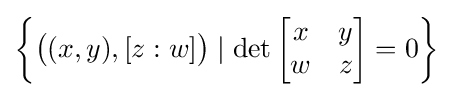
\left\{{\bigl (}(x,y),[z:w]{\bigr )}\mid \det {\begin{bmatrix}x&y\\w&z\end{bmatrix}}=0\right\}